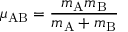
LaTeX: \mu _ { \mathrm { A B } } = { \frac { { m _ { \mathrm { A } } } { m _ { \mathrm { B } } } } { { m _ { \mathrm { A } } } + { m _ { \mathrm { B } } } } }